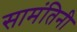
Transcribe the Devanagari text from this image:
सामंतिनी